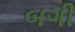
બગી